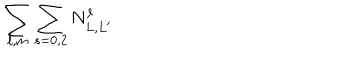
LaTeX: \sum _ { \ell , m } \sum _ { s = 0 , 2 } N _ { L , L ^ { \prime } } ^ { \ell }